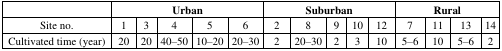
|  | <COLSPAN=5> Urban | <COLSPAN=5> Suburban | <COLSPAN=4> Rural |
 | --- | --- | --- | --- | --- | --- | --- | --- | --- | --- | --- | --- | --- | --- | --- |
 | Site no. | 1 | 3 | 4 | 5 | 6 | 2 | 8 | 9 | 10 | 12 | 7 | 11 | 13 | 14 |
 | Cultivated time (year) | 20 | 20 | 40–50 | 10–20 | 20–30 | 2 | 20–30 | 2 | 3 | 10 | 5–6 | 10 | 5–6 | 2 |